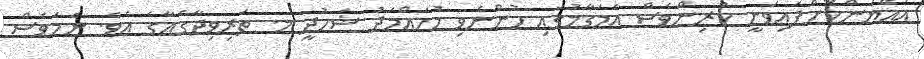
އައްޔަންކޮށްފައިވަނީ ކުރިންވެސް އެމަގާމުގައި ހުންނެވި މުހައްމަދު ޝަހުދީ މ. ތަރިވިދާގެއާގެ އެވެ. ނަމަވެސް